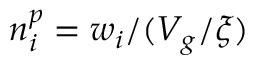
n _ { i } ^ { p } = w _ { i } / ( V _ { g } / \xi )